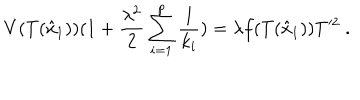
V ( T ( \hat { x } _ { 1 } ) ) ( 1 + \frac { \lambda ^ { 2 } } { 2 } \sum _ { i = 1 } ^ { p } \frac { 1 } { k _ { i } } ) = \lambda f ( T ( \hat { x } _ { 1 } ) ) T ^ { 2 } \ .